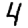
Digit: 4